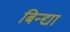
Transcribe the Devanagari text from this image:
बिन्द्या